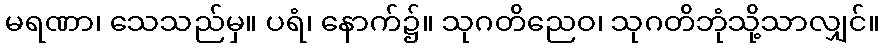
မရဏာ၊ သေသည်မှ။ ပရံ၊ နောက်၌။ သုဂတိညေဝ၊ သုဂတိဘုံသို့သာလျှင်။